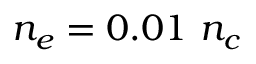
n _ { e } = 0 . 0 1 ~ n _ { c }